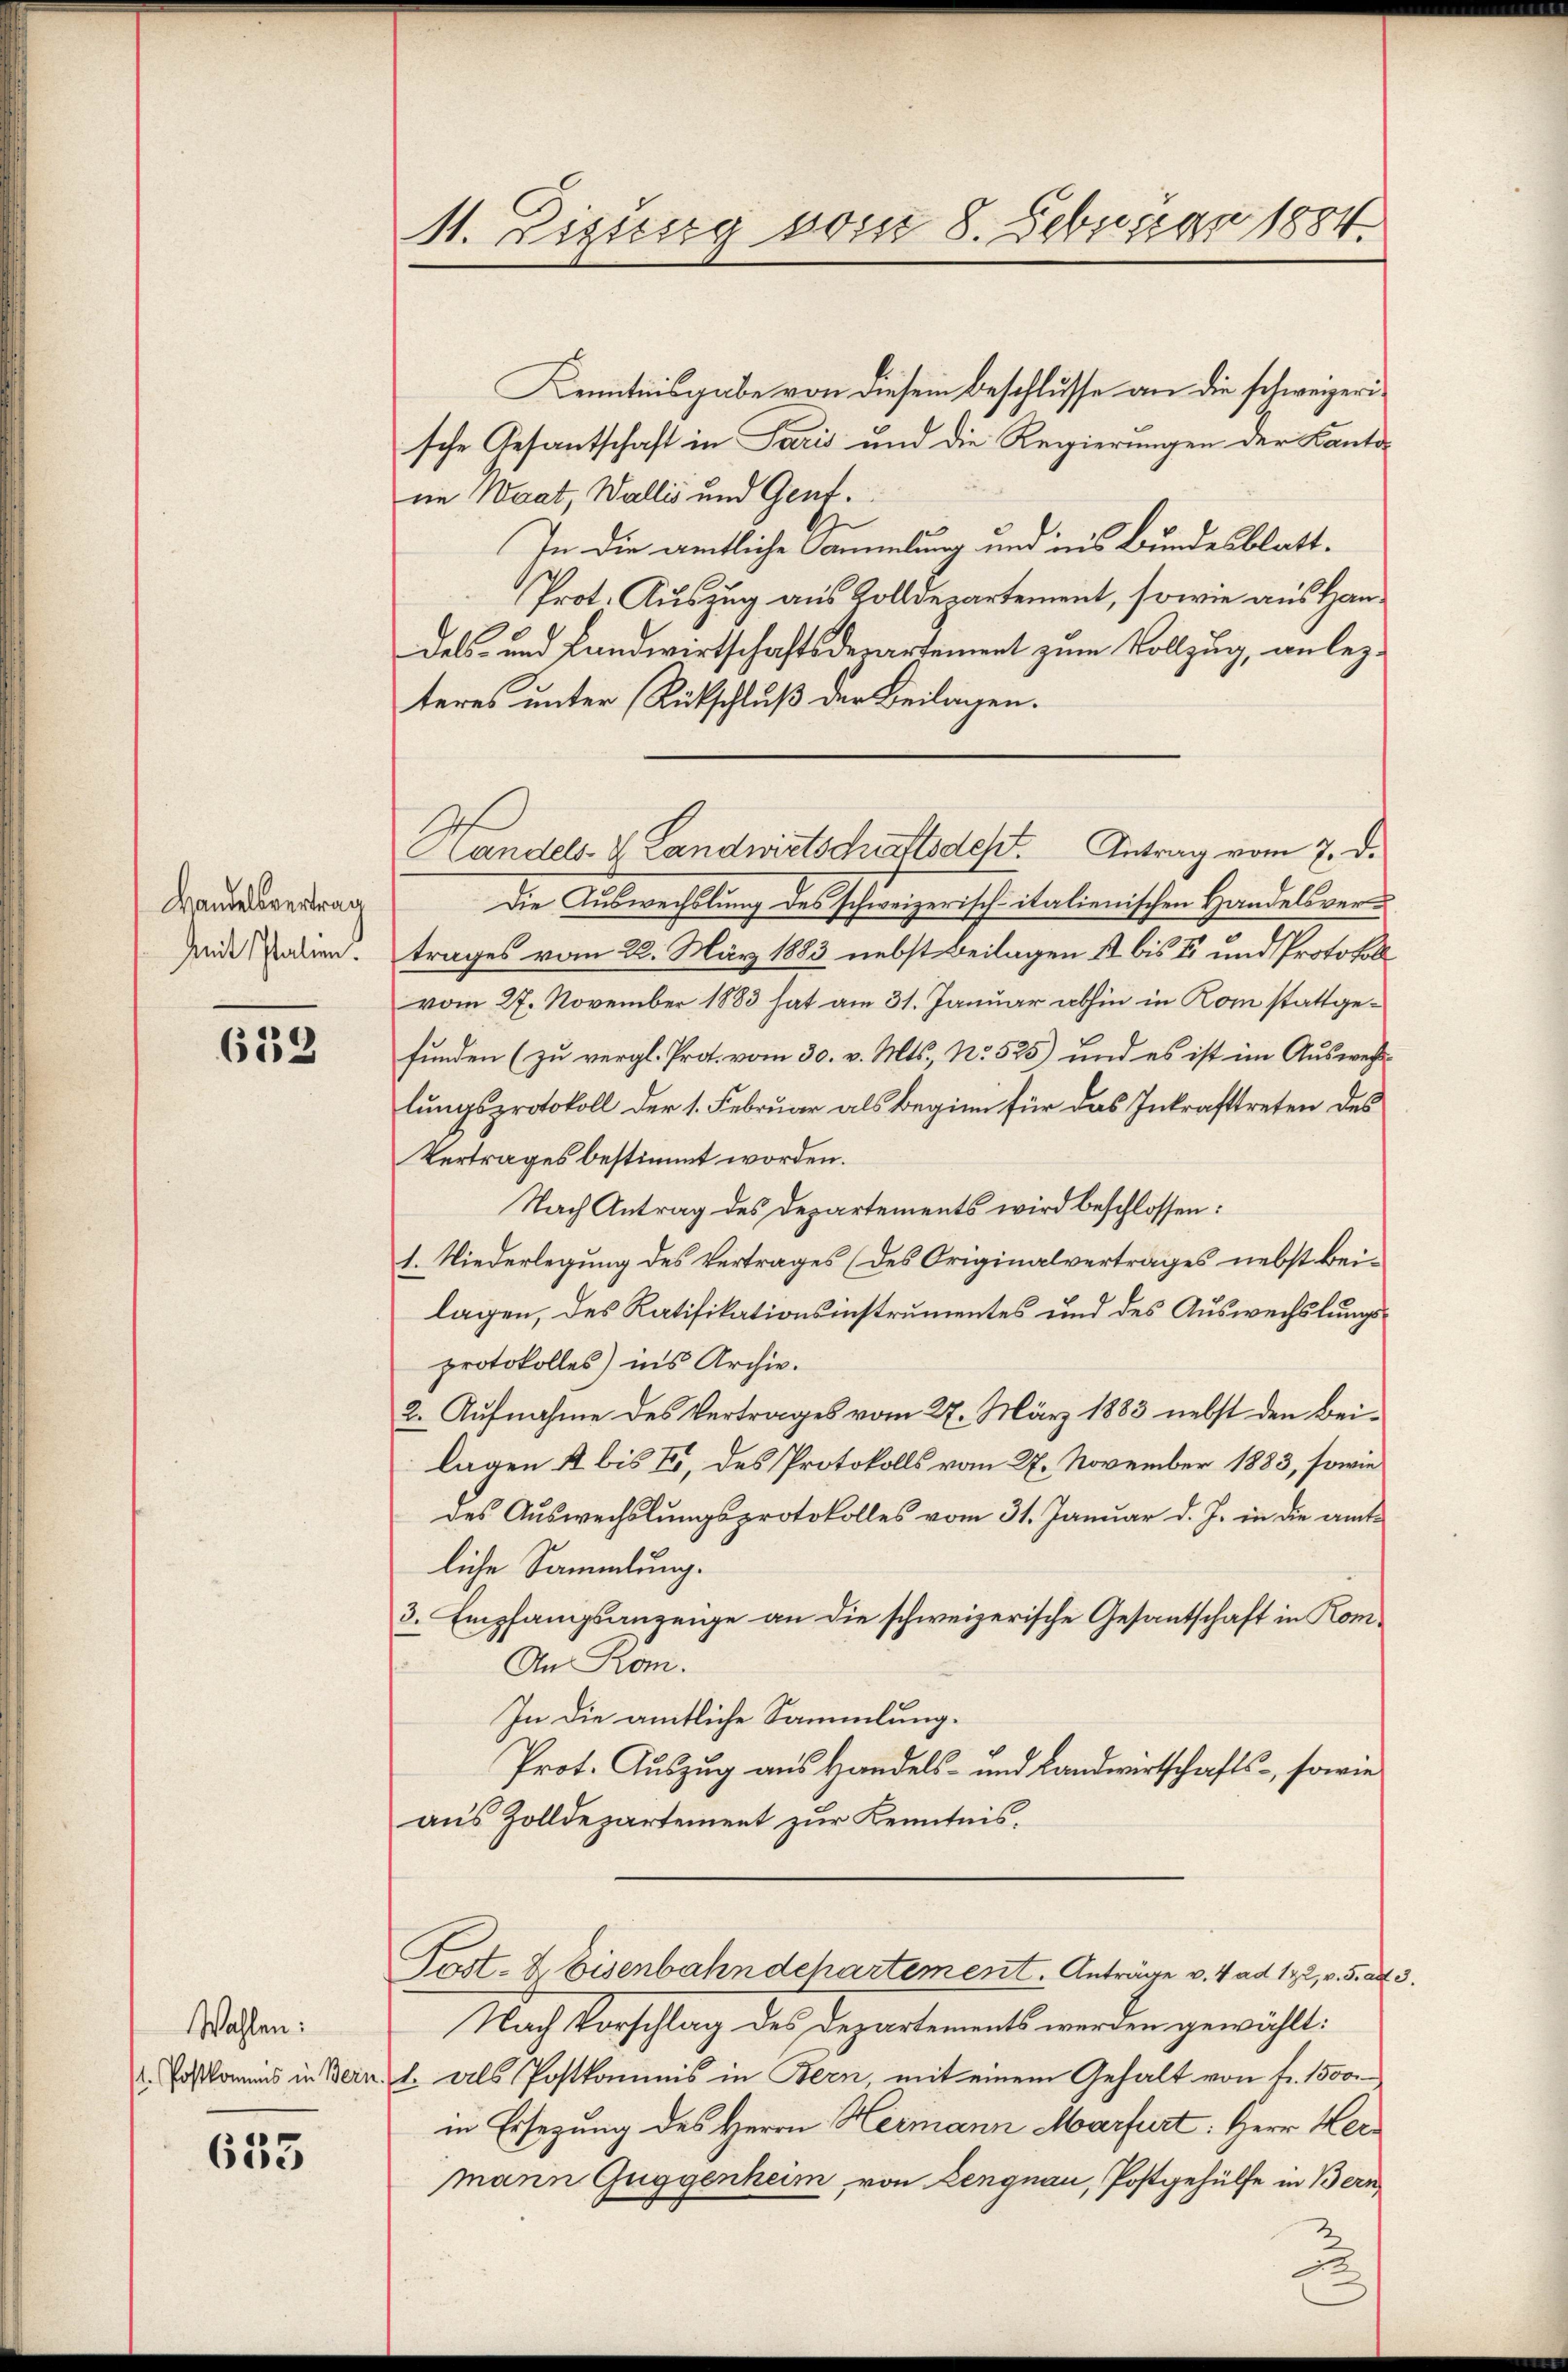
Handelsvertrag
Mit Palien.

633

Wahlen:

633

M. Zizung vom 8. Februar 1884.

Kenntnisgabe von diesem Beschlusse an die schweizerische Gesantschaft in Paris und die Regierungen der Kanton
in Waat, Wallis und Genf¬
In die amtliche Sammlung und in’s Bundesblatt¬
Prot. Auszug aus Zolldepartement, sowie aus Handels- und Landwirtschaftsdepartement zum Vollzug, an lezteres unter Rückschluß der Beilagen.
Die Auswechslung des schweizerisch-italienischen Handelsvertrages vom 22. März 1883 nebst Beilagen ist bis II und Protokoll
vom 27. November 1883 hat am 31. Januar abhin in Rom stattgefunden (zu vergl. Prot. vom 30. v. Mts., No 525) und es ist im Auswechslungsprotokoll der 1. Februar als Beginn für das Inkrafttreten des
Vertrages bestimmt worden.
Nach Antrag des Departements wird beschlossen:
t. Niederlegung des Vertrages (des Originalvertrages nebst beilagen, des Ratifikationsinstrumentes und des Auswechslungsprotokolles) ins Archiv.
2. Aufnahme des Vertrages vom 27. März 1883 nebst den beilagen 4 bis II, des Protokolls vom 27. November 1883, sowie
des Auswechslungsprotokolles vom 31. Januar d. J. in die amtliche Sammlung.
3. Empfangsanzeige an die schweizerische Gesantschaft in Kom¬
An Rom.
In die amtliche Sammlung.
Prot. Auszug aus Handels- und Landwirtschafts-, sowie
aus Zolldepartement zur Kenntnis.
Post- & Eisenbahndepartement. Anträge v. 4. ad 172, v. 5. d.
Nach Vorschlag des Departements werden gewählt:
2. Paskommis in Bern l. als Postkommis in Bern, mit einem Gehalt von Fr. 1500.
in Ersezung des Herrn Hermann Marfurt: Herr Hermann Guggenheim, von Lengnau, Postgehülfe in Bern,

Handels- & Landwirtschaftsdest. Antrag vom 7. d.